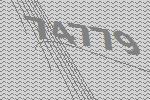
74779